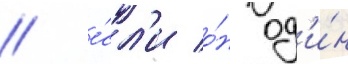
/ е́сл'и о́н од'и́н